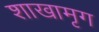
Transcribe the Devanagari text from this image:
शाखामृग